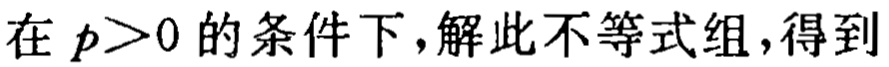
在 \(p>0\) 的条件下，解此不等式组，得到